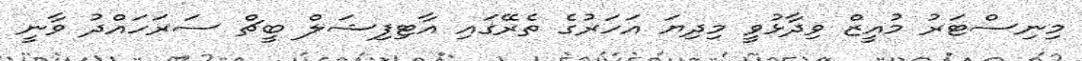
މިނިސްޓަރު މުއީޒް ވިދާޅުވީ މިދިޔަ އަހަރުގެ ތެރޭގައި އާޓިފިޝަލް ބީޗް ސަރަހައްދު ވާނީ